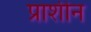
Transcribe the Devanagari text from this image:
प्राशीन